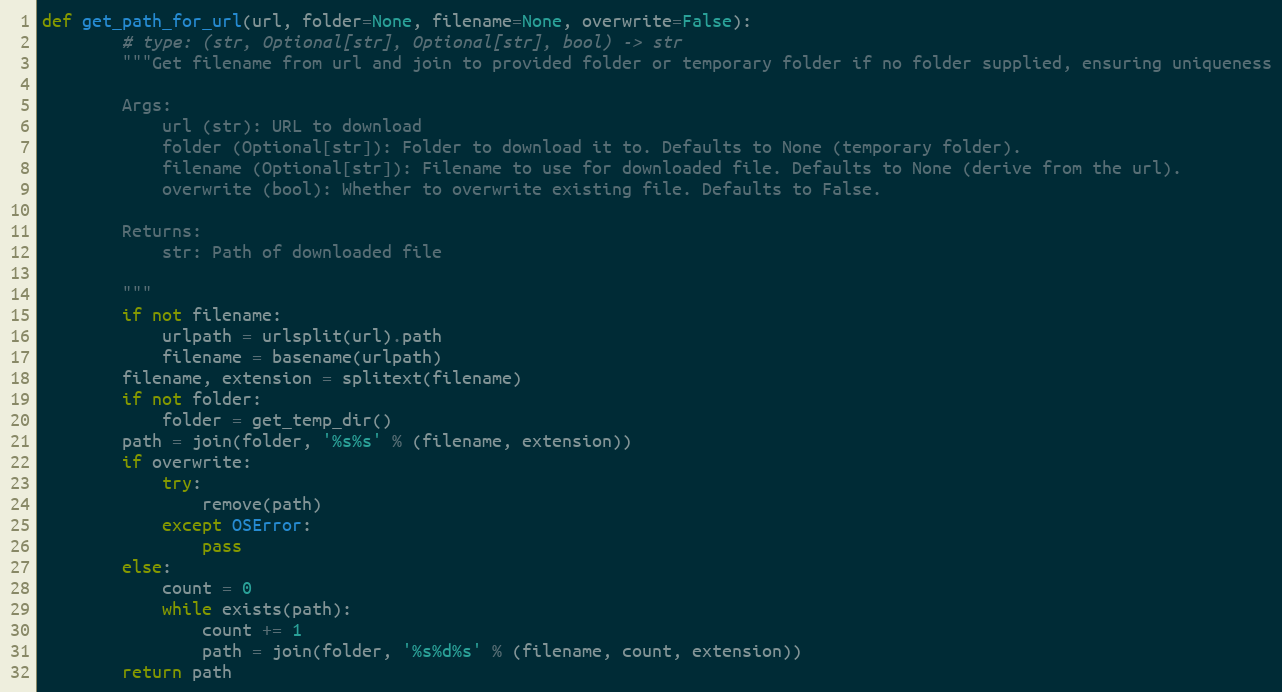
Language: Python
def get_path_for_url(url, folder=None, filename=None, overwrite=False):
        # type: (str, Optional[str], Optional[str], bool) -> str
        """Get filename from url and join to provided folder or temporary folder if no folder supplied, ensuring uniqueness

        Args:
            url (str): URL to download
            folder (Optional[str]): Folder to download it to. Defaults to None (temporary folder).
            filename (Optional[str]): Filename to use for downloaded file. Defaults to None (derive from the url).
            overwrite (bool): Whether to overwrite existing file. Defaults to False.

        Returns:
            str: Path of downloaded file

        """
        if not filename:
            urlpath = urlsplit(url).path
            filename = basename(urlpath)
        filename, extension = splitext(filename)
        if not folder:
            folder = get_temp_dir()
        path = join(folder, '%s%s' % (filename, extension))
        if overwrite:
            try:
                remove(path)
            except OSError:
                pass
        else:
            count = 0
            while exists(path):
                count += 1
                path = join(folder, '%s%d%s' % (filename, count, extension))
        return path